Vaccination in Burma 1920-1933 - 1920-1933
Year: 1920
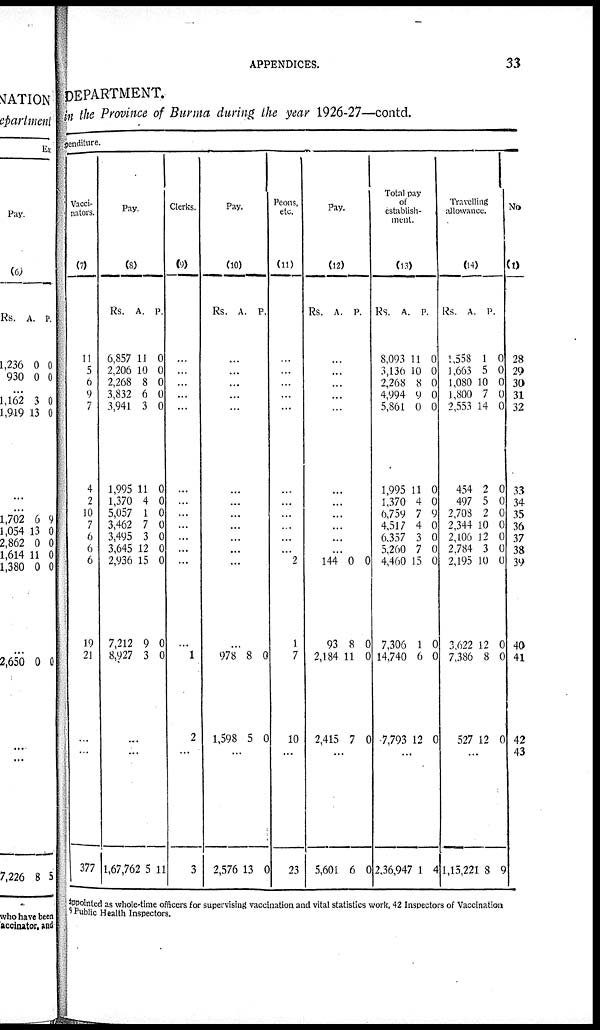
APPENDICES.
33
DEPARTMENT.
in the Province of Burma during the year 1926-27—contd.
enditure.
Vacci-
nators.
(7)
11
5
6
9
7
4
2
10
7
6
6
6
19
21
...
...
377
Pay.
(8)
Rs.
6,857
2,206
2,268
3,832
3,941
1,995
1,370
5,057
3,462
3,495
3,645
2,936
7,212
8,927
A.
11
10
8
6
3
11
4
1
7
3
12
15
9
3
P.
0
0
0
0
0
0
0
0
0
0
0
0
0
0
...
...
1,67,762 5 11
Clerks.
(9)
...
...
...
...
...
...
...
...
...
...
...
...
...
1
2
...
3
Pay.
(10)
Rs. A. P.
...
...
...
...
...
...
...
...
...
...
...
...
...
978
1,598
8
5
0
0
...
2,576 13 0
Peons,
etc.
(11)
...
...
...
...
...
...
...
...
...
...
...
2
1
7
10
...
23
Pay.
(12)
Rs. A. P.
...
...
...
...
...
...
...
...
...
...
...
144
93
2,184
2,415
0
8
11
7
0
0
0
0
...
5,601 6 0
Total pay
of
establish-
ment.
(13)
Rs.
8,093
3,136
2,268
4,994
5,861
1,995
1,370
6,759
4,517
6,357
5,260
4,460
7,306
14,740
7,793
A.
11
10
8
9
0
11
4
7
4
3
7
15
1
6
12
P.
0
0
0
0
0
0
0
9
0
0
0
0
0
0
0
...
2,36,947 1 4
Travelling
allowance.
(14)
Rs.
1,558
1,663
1,080
1,800
2,553
454
497
2,708
2,344
2,106
2,784
2,195
3 622
7,386
527
A.
1
5
10
7
14
2
5
2
10
12
3
10
12
8
12
P.
0
0
0
0
0
0
0
0
0
0
0
0
0
0
0
...
1,15,221 8 9
No
(1)
28
29
30
31
32
33
34
35
36
37
38
39
40
41
42
43
Appointed as whole-time officers for supervising vaccination and vital statistics work, 42 Inspectors of Vaccination
Public Health Inspectors.